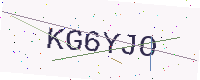
Text: KG6YJO